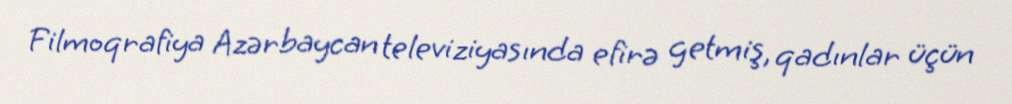
Filmoqrafiya Azərbaycan televiziyasında efirə getmiş, qadınlar üçün